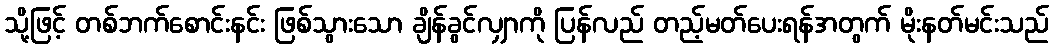
သို့ဖြင့် တစ်ဘက်စောင်းနင်း ဖြစ်သွားသော ချိန်ခွင်လျှာကို ပြန်လည် တည့်မတ်ပေးရန်အတွက် မိုးနတ်မင်းသည်